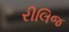
રીલિજ